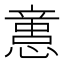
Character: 𢡃